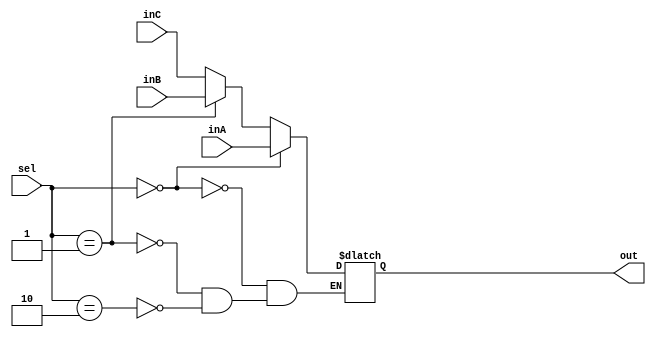
`timescale 1ns / 1ps

////////////////////////////////////////////////////////////////////////////////
// ECE369 - Computer Architecture
// 
// Module - Mux32Bit3To1.v
// Description - Performs signal multiplexing between 3 32-Bit words.
////////////////////////////////////////////////////////////////////////////////

module Mux32Bit3To1(out, inA, inB, inC, sel);

    output reg [31:0] out;
    
    input [31:0] inA;
    input [31:0] inB;
    input [31:0] inC;
    input [1:0] sel;

    always@(*) begin
        if(sel == 2'b00)
            out <= inA;
        else if(sel == 2'b01)
            out <= inB;
        else if(sel == 2'b10)
            out <= inC;
    end 

endmodule